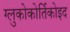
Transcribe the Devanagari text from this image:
ग्लुकोकोर्तिकोइद